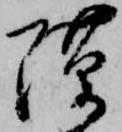
隙